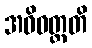
အဓိဝတ္တတိ